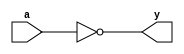
module _inv(a,y);			//INVERTER gate
	input a;
	output y;
	assign y=~a;
endmodule

module _nand2(a,b,y);			//NAND gate
	input a,b;
	output y;
	assign y=~(a&b);
endmodule

module _and2(a,b,y);			//AND gate
	input a,b;
	output y;
	assign y=a&b;
endmodule

module _or2(a,b,y);			//OR gate
	input a,b;
	output y;
	assign y=a|b;
endmodule

module _xor2(a,b,y);			//XOR gate
	input a, b;
	output y;
	wire inv_a, inv_b;
	wire w0, w1;
	_inv U0_inv(.a(a), .y(inv_a));
	_inv U1_inv(.a(b), .y(inv_b));
	_and2 U2_and2(.a(inv_a), .b(b), .y(w0));
	_and2 U3_and2(.a(a),.b(inv_b), .y(w1));
	_or2 U4_or2(.a(w0), .b(w1),.y(y));
endmodule

module _and3(a,b,c,y);		//AND gate
	input a,b,c;					//3 Input
	output y;
	assign y=a&b&c;
endmodule

module _and4(a,b,c,d,y);		//AND gate
	input a,b,c,d;						//4 Input
	output y;
	assign y=a&b&c&d;
endmodule

module _and5(a,b,c,d,e,y);		//AND gate
	input a,b,c,d,e;					//5 Input
	output y;
	assign y=a&b&c&d&e;
endmodule

module _or3(a,b,c,y);			//OR gate
	input a,b,c;						//3 Input
	output y;
	assign y=a|b|c;
endmodule

module _or4(a,b,c,d,y);			//OR gate
	input a,b,c,d;						//4 Input
	output y;
	assign y=a|b|c|d;
endmodule

module _or5(a,b,c,d,e,y);			//OR gate
	input a,b,c,d,e;						//5 Input
	output y;
	assign y=a|b|c|d|e;
endmodule

module _inv_4bits(a, y);			// 4bits inverter Gate
	input 	[3:0]	a;
	output 	[3:0]	y;
	assign	y=~a;
endmodule

module _and2_4bits(a, b, y);		// 4bits AND Gate
	input		[3:0]	a, b;
	output	[3:0]	y;
	assign 	y = a&b;
endmodule

module _or2_4bits(a ,b ,y);		// 4bits OR Gate
	input		[3:0]	a, b;
	output	[3:0] y;
	assign 	y = a|b;
endmodule

module _xor2_4bits(a, b, y);		// 4bits XOR Gate
	input 	[3:0]		a, b;
	output 	[3:0]		y;
	
	_xor2 U0_xor2(.a(a[0]), .b(b[0]), .y(y[0]));
	_xor2 U1_xor2(.a(a[1]), .b(b[1]), .y(y[1]));
	_xor2 U2_xor2(.a(a[2]), .b(b[2]), .y(y[2]));
	_xor2 U3_xor2(.a(a[3]), .b(b[3]), .y(y[3]));

endmodule

module _xnor2_4bits(a, b, y);		// 4bits XNOR Gate
	input 	[3:0]		a, b;
	output	[3:0]		y;
	wire		[3:0]		w0;
	
	_xor2_4bits U0_xor2_4bits(.a(a), .b(b), .y(w0));
	_inv_4bits U1_inv_4bits(.a(w0), .y(y));

endmodule

module _inv_32bits(a, y);			// 32bits inverter Gate
	input		[31:0]	a;
	output	[31:0]	y;
	assign	y = ~a;
endmodule

module _and2_32bits(a, b, y);		// 32bits AND Gate
	input		[31:0]	a, b;
	output	[31:0]	y;
	assign	y = a&b;
endmodule

module _or2_32bits(a, b, y);		// 32bits OR Gate
	input		[31:0]	a, b;
	output	[31:0]	y;
	assign	y = a|b;
endmodule

module _xor2_32bits(a, b, y);		// 32bits XOR Gate
	input 	[31:0]	a, b;
	output	[31:0]	y;
	
	_xor2_4bits U0_xor2_4bits(.a(a[3:0]), 	 .b(b[3:0]),   .y(y[3:0]));
	_xor2_4bits U1_xor2_4bits(.a(a[7:4]), 	 .b(b[7:4]),   .y(y[7:4]));
	_xor2_4bits U2_xor2_4bits(.a(a[11:8]),	 .b(b[11:8]),  .y(y[11:8]));
	_xor2_4bits U3_xor2_4bits(.a(a[15:12]), .b(b[15:12]), .y(y[15:12]));
	_xor2_4bits U4_xor2_4bits(.a(a[19:16]), .b(b[19:16]), .y(y[19:16]));
	_xor2_4bits U5_xor2_4bits(.a(a[23:20]), .b(b[23:20]), .y(y[23:20]));
	_xor2_4bits U6_xor2_4bits(.a(a[27:24]), .b(b[27:24]), .y(y[27:24]));
	_xor2_4bits U7_xor2_4bits(.a(a[31:28]), .b(b[31:28]), .y(y[31:28]));

endmodule

module _xnor2_32bits(a, b, y);		//32bits XNOR Gate
	input 	[31:0]	a, b;
	output	[31:0]	y;
	
	_xnor2_4bits U0_xnor2_4bits(.a(a[3:0]), 	 .b(b[3:0]),   .y(y[3:0]));
	_xnor2_4bits U1_xnor2_4bits(.a(a[7:4]), 	 .b(b[7:4]),   .y(y[7:4]));
	_xnor2_4bits U2_xnor2_4bits(.a(a[11:8]),	 .b(b[11:8]),  .y(y[11:8]));
	_xnor2_4bits U3_xnor2_4bits(.a(a[15:12]), .b(b[15:12]), .y(y[15:12]));
	_xnor2_4bits U4_xnor2_4bits(.a(a[19:16]), .b(b[19:16]), .y(y[19:16]));
	_xnor2_4bits U5_xnor2_4bits(.a(a[23:20]), .b(b[23:20]), .y(y[23:20]));
	_xnor2_4bits U6_xnor2_4bits(.a(a[27:24]), .b(b[27:24]), .y(y[27:24]));
	_xnor2_4bits U7_xnor2_4bits(.a(a[31:28]), .b(b[31:28]), .y(y[31:28]));

endmodule

module _nor2(a, b, y);					//NOR Gate
	input a, b;
	output y;
	assign y=~(a|b);
endmodule